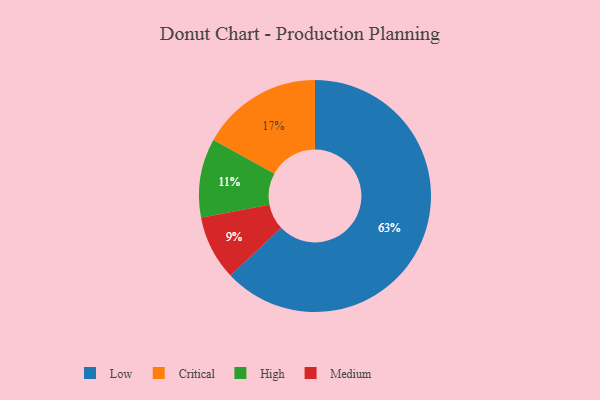
{"axis": {"x": "Category", "y": "Percentage"}, "legend": ["Critical", "High", "Low", "Medium"], "data": [{"x": "High", "y": 11, "type": "High"}, {"x": "Critical", "y": 17, "type": "Critical"}, {"x": "Medium", "y": 9, "type": "Medium"}, {"x": "Low", "y": 63, "type": "Low"}]}